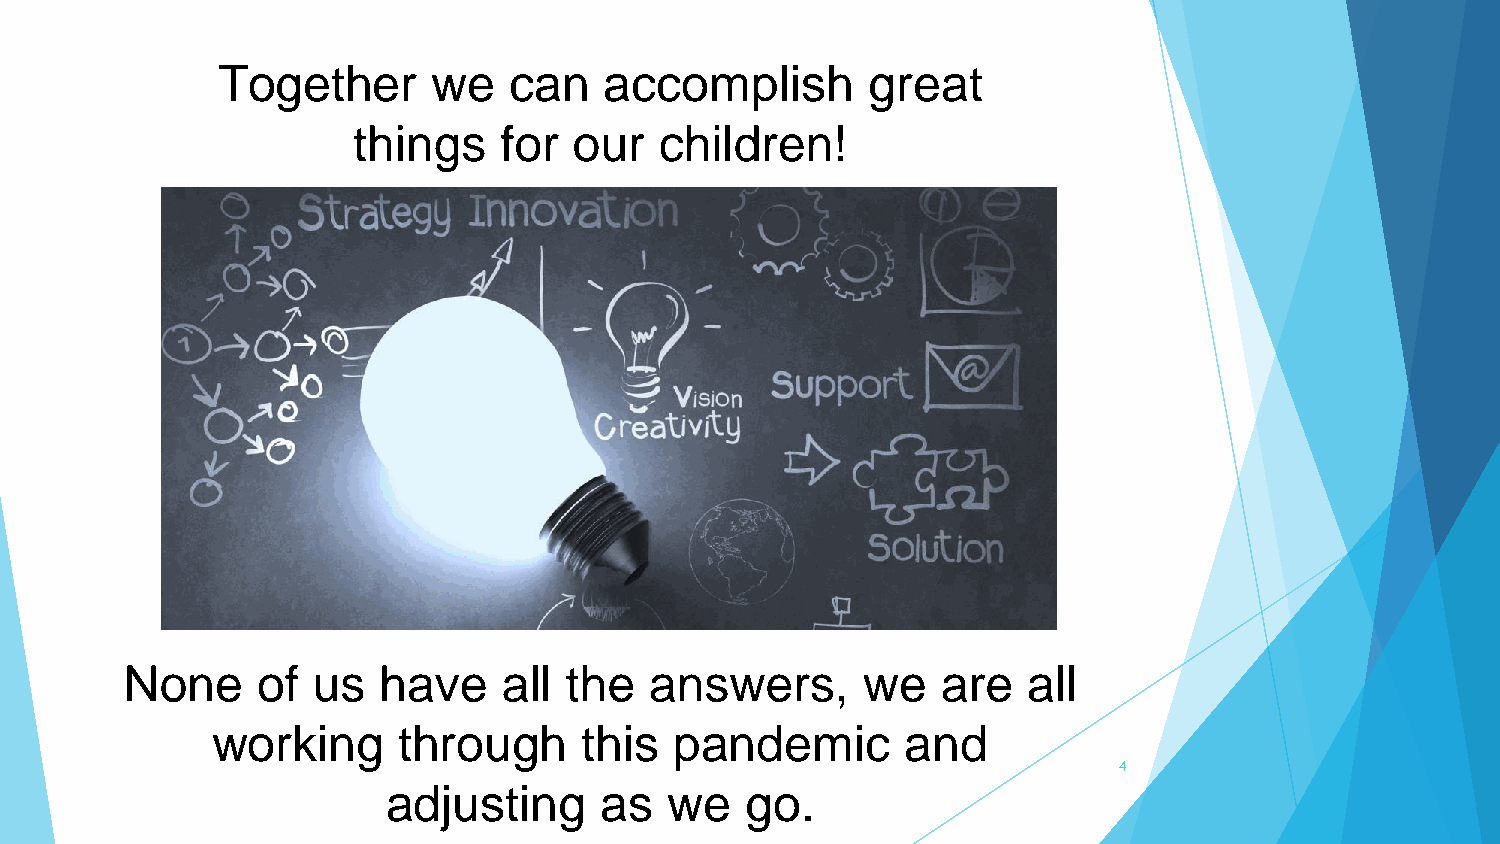
Together       we   can   accomplish        great
 things    for  our   children!
 None     of  us  have    all the   answers,      we   are   all
 working     through      this  pandemic       and
 4
 adjusting     as  we   go.